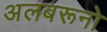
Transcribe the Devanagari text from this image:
अलबरूनो